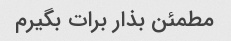
مطمئن بذار برات بگیرم